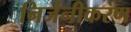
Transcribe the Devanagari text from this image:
निर्जनीकरण